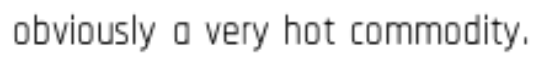
obviously a very hot commodity.